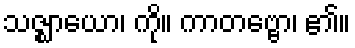
သဇ္ဈာယော၊ ကို။ ကာတဗ္ဗော၊ ၏။